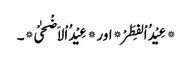
*عِیْدُ اْلفِطَرْ* اور *عِیْدُ اْلاَضْحٰیْ*۔